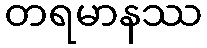
တရမာနဿ